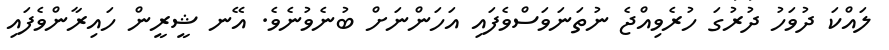
ލައްކަ ދުވަހު ދުރުގަ ހުރެވިއްޖެ ނުތަނަވަސްވެފައި އަހަންނަށް ބުނެވުނެވެ. އޭނ ޝީރީން ހައިރާންވެފައި